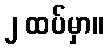
၂ ထပ်မှာ။